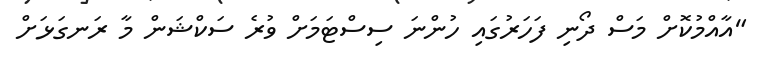
"އާއްމުކޮށް މަސް ދޯނި ފަހަރުގައި ހުންނަ ސިސްޓަމަށް ވުރެ ސަކްޝަން މާ ރަނގަޅަށް